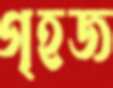
গৃহজ